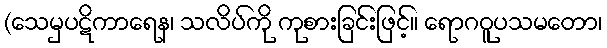
(သေမှပဋိကာရေန၊ သလိပ်ကို ကုစားခြင်းဖြင့်။ ရောဂဝူပသမတော၊